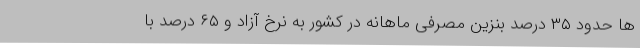
ها حدود ۳۵ درصد بنزین مصرفی ماهانه در کشور به نرخ آزاد و ۶۵ درصد با